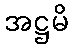
အဋ္ဌမိ